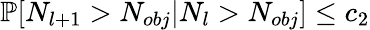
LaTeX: \mathbb{P}[N_{l+1}>N_{obj}|N_{l}>N_{obj}]\le c_{2}